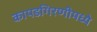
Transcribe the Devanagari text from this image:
कापडगिरणीमध्ये